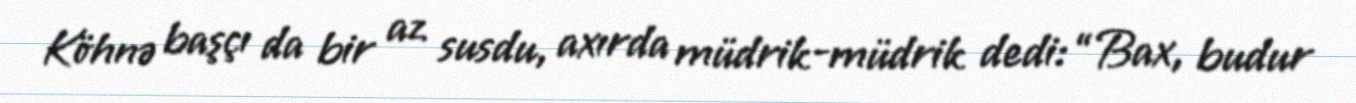
Köhnə başçı da bir az susdu, axırda müdrik-müdrik dedi: “Bax, budur